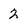
Character: 2